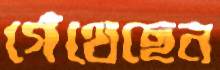
গেঁথেছেন